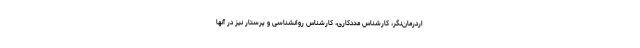
اردرمان‌نگر، کارشناس مددکاری، کارشناس روانشناسی و پرستار نیز در آنها